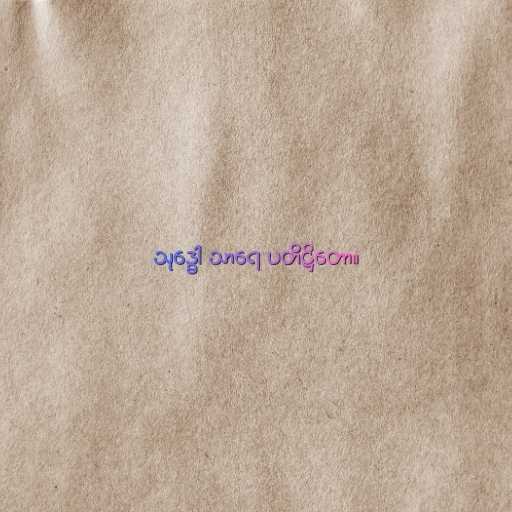
သုဒ္ဓေါ သာရေ ပတိဋ္ဌိတော။